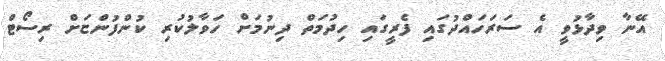
އޭނާ ވިދާޅުވީ އެ ސަރަހައްދުގައި ފެރީގައި ހިދުމަތް ދިނުމަށް ހަވާލުކުރި ކުންފުންޏަށް ރިސޯޓް